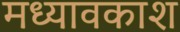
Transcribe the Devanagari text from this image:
मध्यावकाश